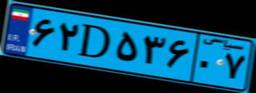
۹۲D۲۳۳۹۹